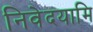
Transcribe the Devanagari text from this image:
निवेदयामि